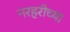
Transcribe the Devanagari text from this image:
नरहरीच्या